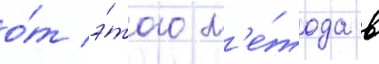
о́т э́того м'е́тода в